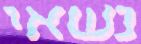
נשאי